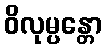
ဝိလုမ္ပန္တော